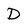
Character: D